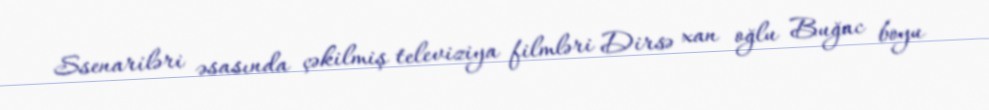
Ssenariləri əsasında çəkilmiş televiziya filmləri Dirsə xan oğlu Buğac boyu